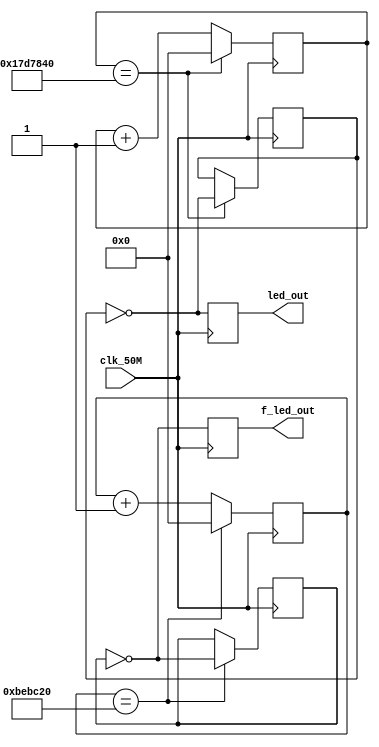

//
//10.5

module ledwater (clk_50M,led_out,f_led_out);
input   clk_50M;              //50M
output  led_out;
output  f_led_out;

reg [24:0] count;  //25000000 
reg [24:0] f_count;//12500000 0.5

reg  div_clk, f_div_clk;
reg  led_out, f_led_out;

//1
always @ ( posedge clk_50M )
begin
if ( count==25000000 )
 begin
  div_clk<=~div_clk;
   count<=0;
  end
else
  count<=count+1;
  led_out<=~div_clk;
end

//0.5
always @ ( posedge clk_50M )
begin
if ( f_count==12500000 )
 begin
  f_div_clk<=~f_div_clk;
   f_count<=0;
  end
else
  f_count<=f_count+1;
  f_led_out<=~f_div_clk;
end

endmodule